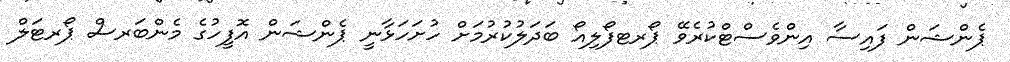
ޕެންޝަން ފައިސާ އިންވެސްޓްކުރެވޭ ޕޯރޓފޯލިއޯ ބަދަލުކުރުމަށް ހުށަހަޅާނީ ޕެންޝަން އޮފީހުގެ މެންބަރސް ޕޯރޓަލް